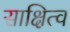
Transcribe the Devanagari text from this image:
साक्षित्व